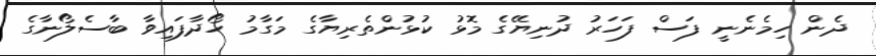
ދެން ހިމެނެނީ ފަސް ފަހަރު ދުނިޔޭގެ މޮޅު ކުޅުންތެރިޔާގެ މަގާމު ހޯދާފައިވާ ބާސެލޯނާގެ